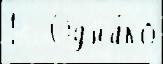
1   Одна́ко